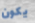
يكون